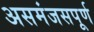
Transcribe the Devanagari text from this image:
असमंजसपूर्ण